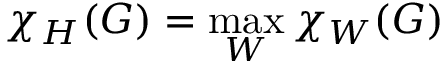
\chi _ { H } ( G ) = \operatorname* { m a x } _ { W } \chi _ { W } ( G )